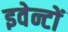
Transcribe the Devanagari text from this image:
इवेन्टों